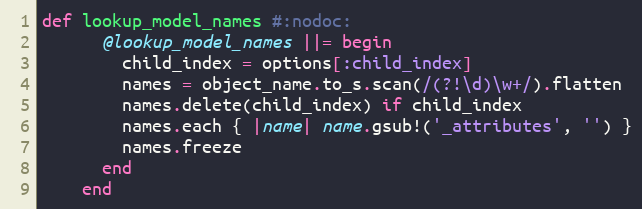
Language: Ruby
def lookup_model_names #:nodoc:
      @lookup_model_names ||= begin
        child_index = options[:child_index]
        names = object_name.to_s.scan(/(?!\d)\w+/).flatten
        names.delete(child_index) if child_index
        names.each { |name| name.gsub!('_attributes', '') }
        names.freeze
      end
    end